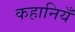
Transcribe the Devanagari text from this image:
कहानियँ